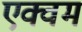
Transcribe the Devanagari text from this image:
एक्वम